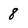
Character: 8